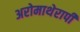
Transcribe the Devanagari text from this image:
अरोमाथेरापी